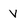
Character: V